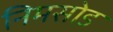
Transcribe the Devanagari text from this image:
निमसोड